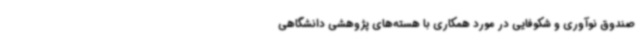
صندوق نوآوری و شکوفایی در مورد همکاری با هسته‌های پژوهشی دانشگاهی